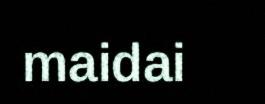
maidai